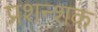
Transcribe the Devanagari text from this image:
प्रशन्शक